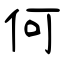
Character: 何